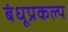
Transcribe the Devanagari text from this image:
बंधूप्रकल्प